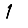
Digit: 1